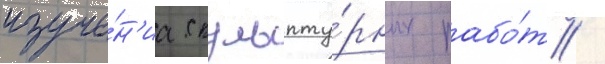
изуче́н'иа скульпту́рных рабо́т /